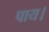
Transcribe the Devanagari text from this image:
पाय।